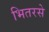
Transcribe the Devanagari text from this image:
भितरसे